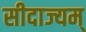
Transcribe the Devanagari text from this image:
सीदाज्यम्